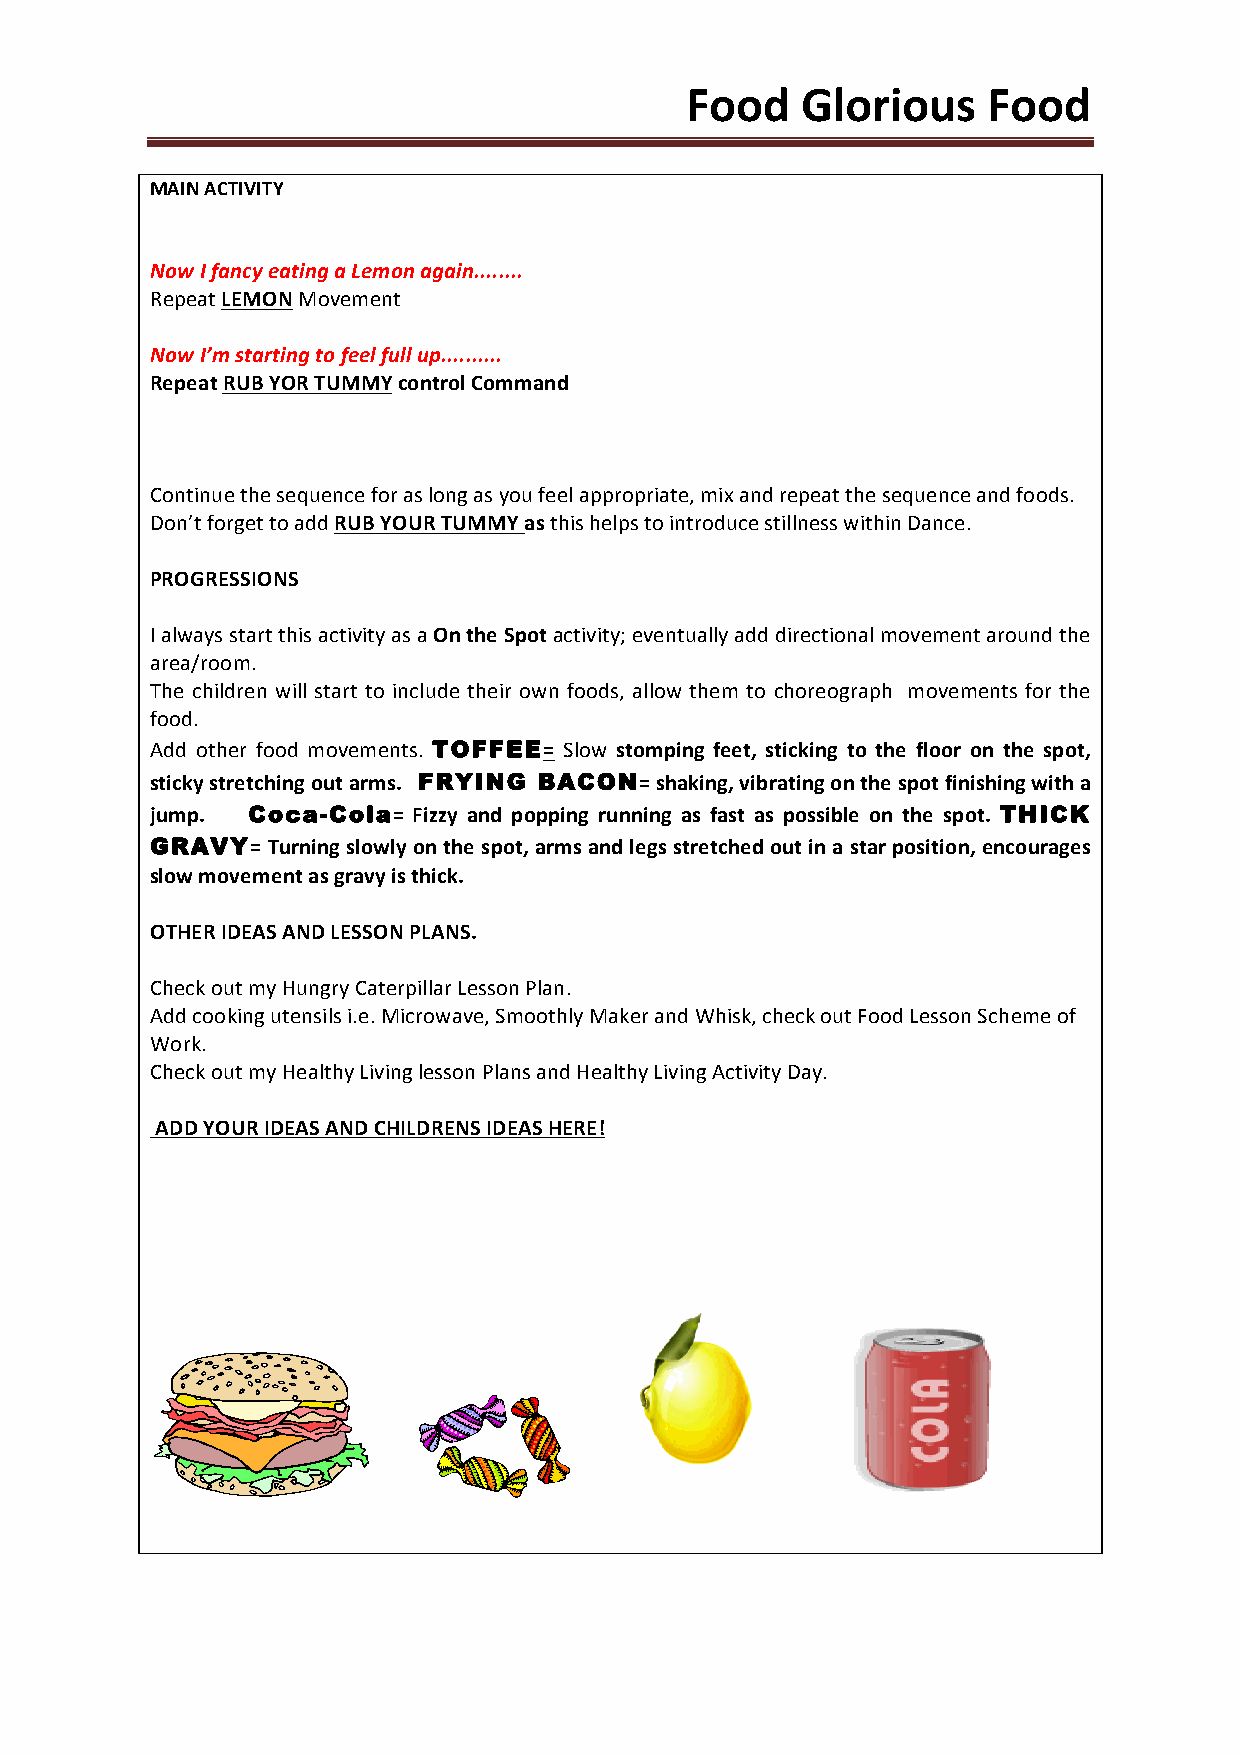
Food    Glorious    Food
 MAIN ACTIVITY
 Now I fancy eating a Lemon again........
 Repeat LEMON Movement
 Now I’m starting to feel full up..........
 Repeat RUB YOR TUMMY control Command
 Continue the sequence for as long as you feel appropriate, mix and repeat the sequence and foods.
 Don’t forget to add RUB YOUR TUMMY as this helps to introduce stillness within Dance.
 PROGRESSIONS
 I always start this activity as a On the Spot activity; eventually add directional movement around the
 area/room.
 The children will start to include their own foods, allow them to choreograph movements for the
 food.
 Add other food movements. TOFFEE= Slow stomping feet, sticking to the floor on the spot,
 sticky stretching out arms. FRYING BACON= shaking, vibrating on the spot finishing with a
 jump. Coca-Cola= Fizzy and popping running as fast as possible on the spot. THICK
 GRAVY=  Turning slowly on the spot, arms and legs stretched out in a star position, encourages
 slow movement as gravy is thick.
 OTHER IDEAS AND LESSON PLANS.
 Check out my Hungry Caterpillar Lesson Plan.
 Add cooking utensils i.e. Microwave, Smoothly Maker and Whisk, check out Food Lesson Scheme of
 Work.
 Check out my Healthy Living lesson Plans and Healthy Living Activity Day.
 ADD YOUR IDEAS AND CHILDRENS IDEAS HERE!